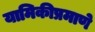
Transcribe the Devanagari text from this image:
यामिकीप्रमाणे